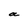
Character: a